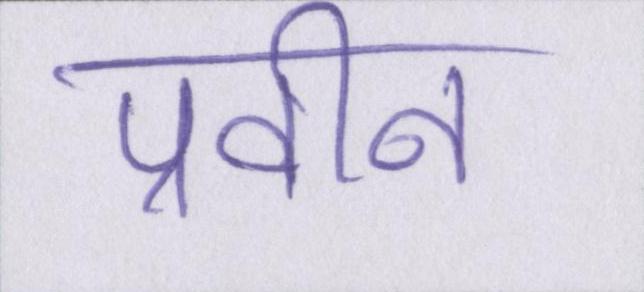
प्रवीन